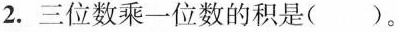
2.三位数乘一位数的积是()。